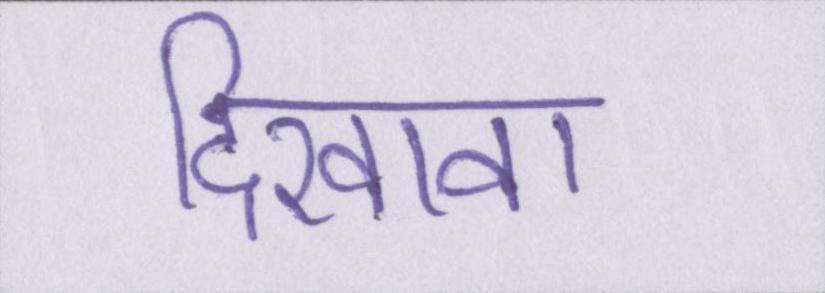
दिखावा